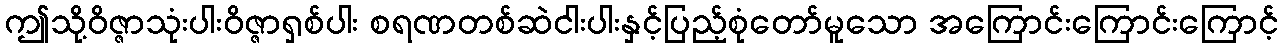
ဤသို့ဝိဇ္ဇာသုံးပါးဝိဇ္ဇာရှစ်ပါး စရဏတစ်ဆဲငါးပါးနှင့်ပြည့်စုံတော်မူသော အကြောင်းကြောင်းကြောင့်